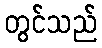
တွင်သည်